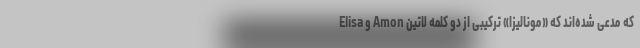
که مدعی شده‌اند که «مونالیزا» ترکیبی از دو کلمه لاتین Amon و Elisa